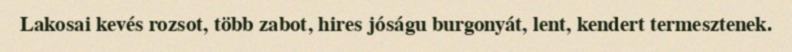
Lakosai kevés rozsot, több zabot, hires jóságu burgonyát, lent, kendert termesztenek.